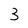
Character: 3